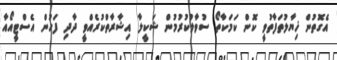
އެގޮތުން ޚިޔާލުތަފާތުވީ ކޮން ކަމަކާތޯ ސުވާލުކުރުމުން ޝަކީލާ އިޝާރާތްކުރެއްވީ ދާދި ފަހުން އެސްޓީއޯއާ